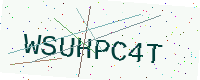
Text: WSUHPC4T